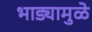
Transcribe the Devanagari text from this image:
भाड्यामुळे